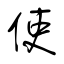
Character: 使